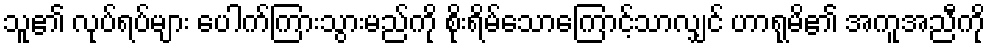
သူ၏ လုပ်ရပ်များ ပေါက်ကြားသွားမည်ကို စိုးရိမ်သောကြောင့်သာလျှင် ဟာရုမိ၏ အကူအညီကို